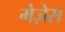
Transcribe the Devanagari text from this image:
मेज़ेस